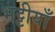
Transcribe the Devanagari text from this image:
भट्टीयाँ